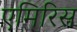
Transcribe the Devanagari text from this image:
एमिरिस